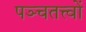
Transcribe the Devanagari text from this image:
पञ्चतत्त्वों